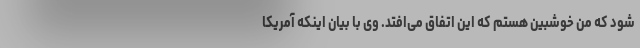
شود که من خوشبین هستم که این اتفاق می‌افتد. وی با بیان اینکه آمریکا